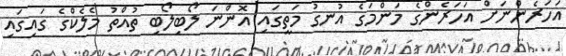
އަހަރެންނަށް އަހަރެންގެ މަންމަގެ އުނގު މަތީގައި އޮންނަ ލޯބިލޯބި ތުއްތު މެލެކްގެ ގައިގައި